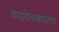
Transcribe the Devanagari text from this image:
बाइदेवबासांचे